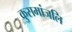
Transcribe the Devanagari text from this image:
कुसमांजलि